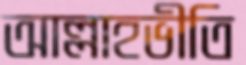
আল্লাহভীতি